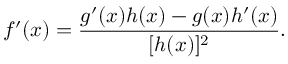
f ^ { \prime } ( x ) = { \frac { g ^ { \prime } ( x ) h ( x ) - g ( x ) h ^ { \prime } ( x ) } { [ h ( x ) ] ^ { 2 } } } .